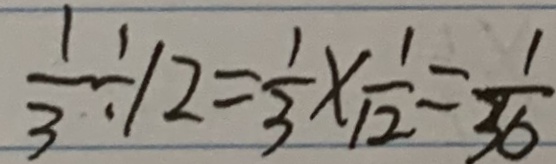
\frac { 1 } { 3 } \div 1 2 = \frac { 1 } { 3 } \times \frac { 1 } { 1 2 } = \frac { 1 } { 3 6 }